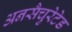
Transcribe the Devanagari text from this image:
अनसैचुरेटेड